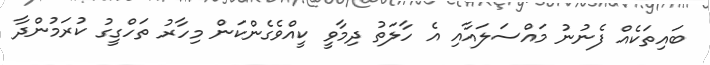
ބައިތަކެއް ފެނުނު މައްސަލައާއި އެ ހާލަތު ދިމާވީ ކީއްވެގެންކަން މިހާރު ތަހްގީގު ކުރަމުންދާ